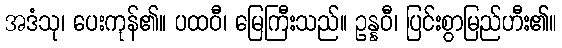
အဒံသု၊ ပေးကုန်၏။ ပထဝီ၊ မြေကြီးသည်။ ဥန္နဝီ၊ ပြင်းစွာမြည်ဟီး၏။